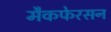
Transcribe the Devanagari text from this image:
मैकफेरसन